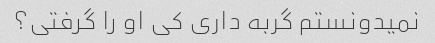
نمیدونستم گربه داری کی او را گرفتی؟